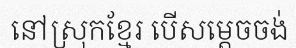
នៅស្រុកខ្មែរ បើសម្តេចចង់